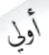
أولي